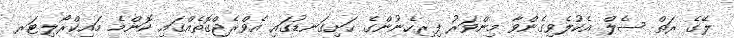
ލޭގެ ރަތް ސެލް އެކުލެވިގެންވާ މިންވަރު ފިރިހެނުންގެ ހަށިގަނޑުގައި އެވްރެޖްގޮތެއްގައި ކޮންމެ މައިކްރޯލިޓަރ